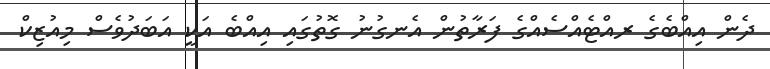
ދެން އިއްބެގެ ރއްޓެއްސެއްގެ ފަރާތުން އެނގުނު ގޮތުގައި އިއްބެ އަކީ އަބަދުވެސް މިއުޒިކް